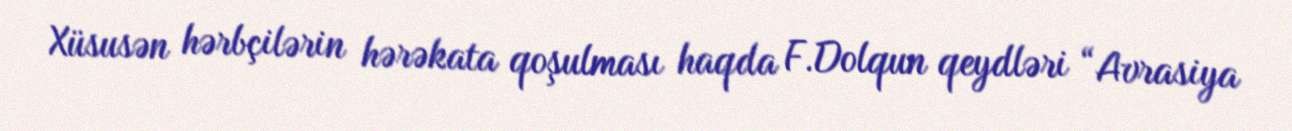
Xüsusən hərbçilərin hərəkata qoşulması haqda F.Dolqun qeydləri “Avrasiya